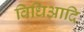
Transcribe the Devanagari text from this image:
विधिआदि